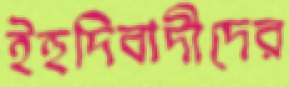
ইহুদিবাদীদের